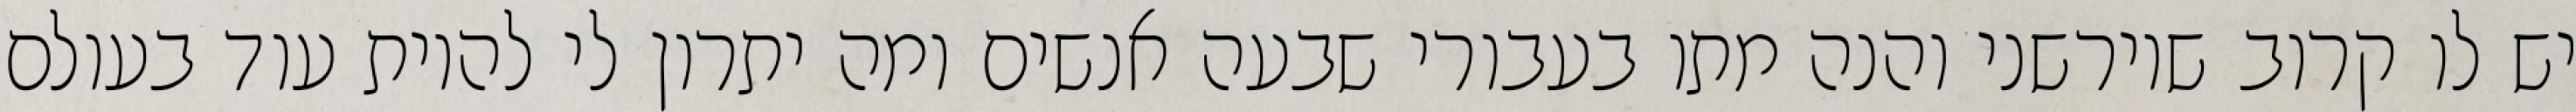
יש לו קרוב שיורשני והנה מתו בעבורי שבעה אנשים ומה יתרון לי להיות עוד בעולם